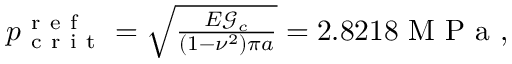
\begin{array} { r } { p _ { \mathrm { ~ c ~ r ~ i ~ t ~ } } ^ { \mathrm { ~ r ~ e ~ f ~ } } = \sqrt { \frac { E \mathcal { G } _ { c } } { ( 1 - \nu ^ { 2 } ) \pi a } } = 2 . 8 2 1 8 \mathrm { ~ M ~ P ~ a ~ } , } \end{array}